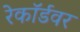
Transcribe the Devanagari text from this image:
रेकॉर्डवर